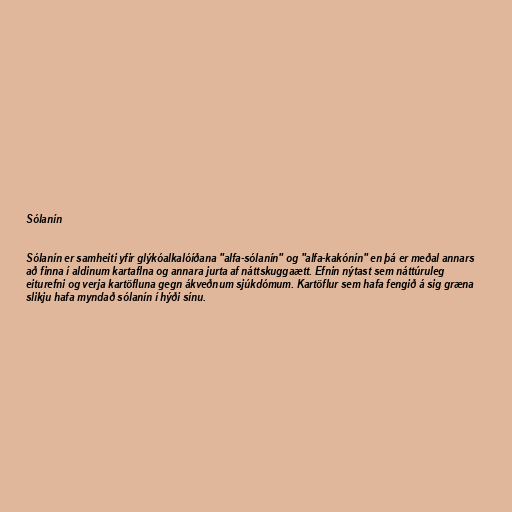
Sólanín

Sólanín er samheiti yfir glýkóalkalóíðana "alfa-sólanín" og "alfa-kakónín" en þá er meðal annars
að finna í aldinum kartaflna og annara jurta af náttskuggaætt. Efnin nýtast sem náttúruleg
eiturefni og verja kartöfluna gegn ákveðnum sjúkdómum. Kartöflur sem hafa fengið á sig græna
slikju hafa myndað sólanín í hýði sínu.